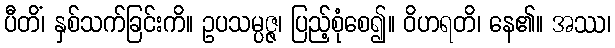
ပီတိံ၊ နှစ်သက်ခြင်းကိ။ ဥပသမ္ပဇ္ဇ၊ ပြည့်စုံစေ၍။ ဝိဟရတိ၊ နေ၏။ အဿ၊